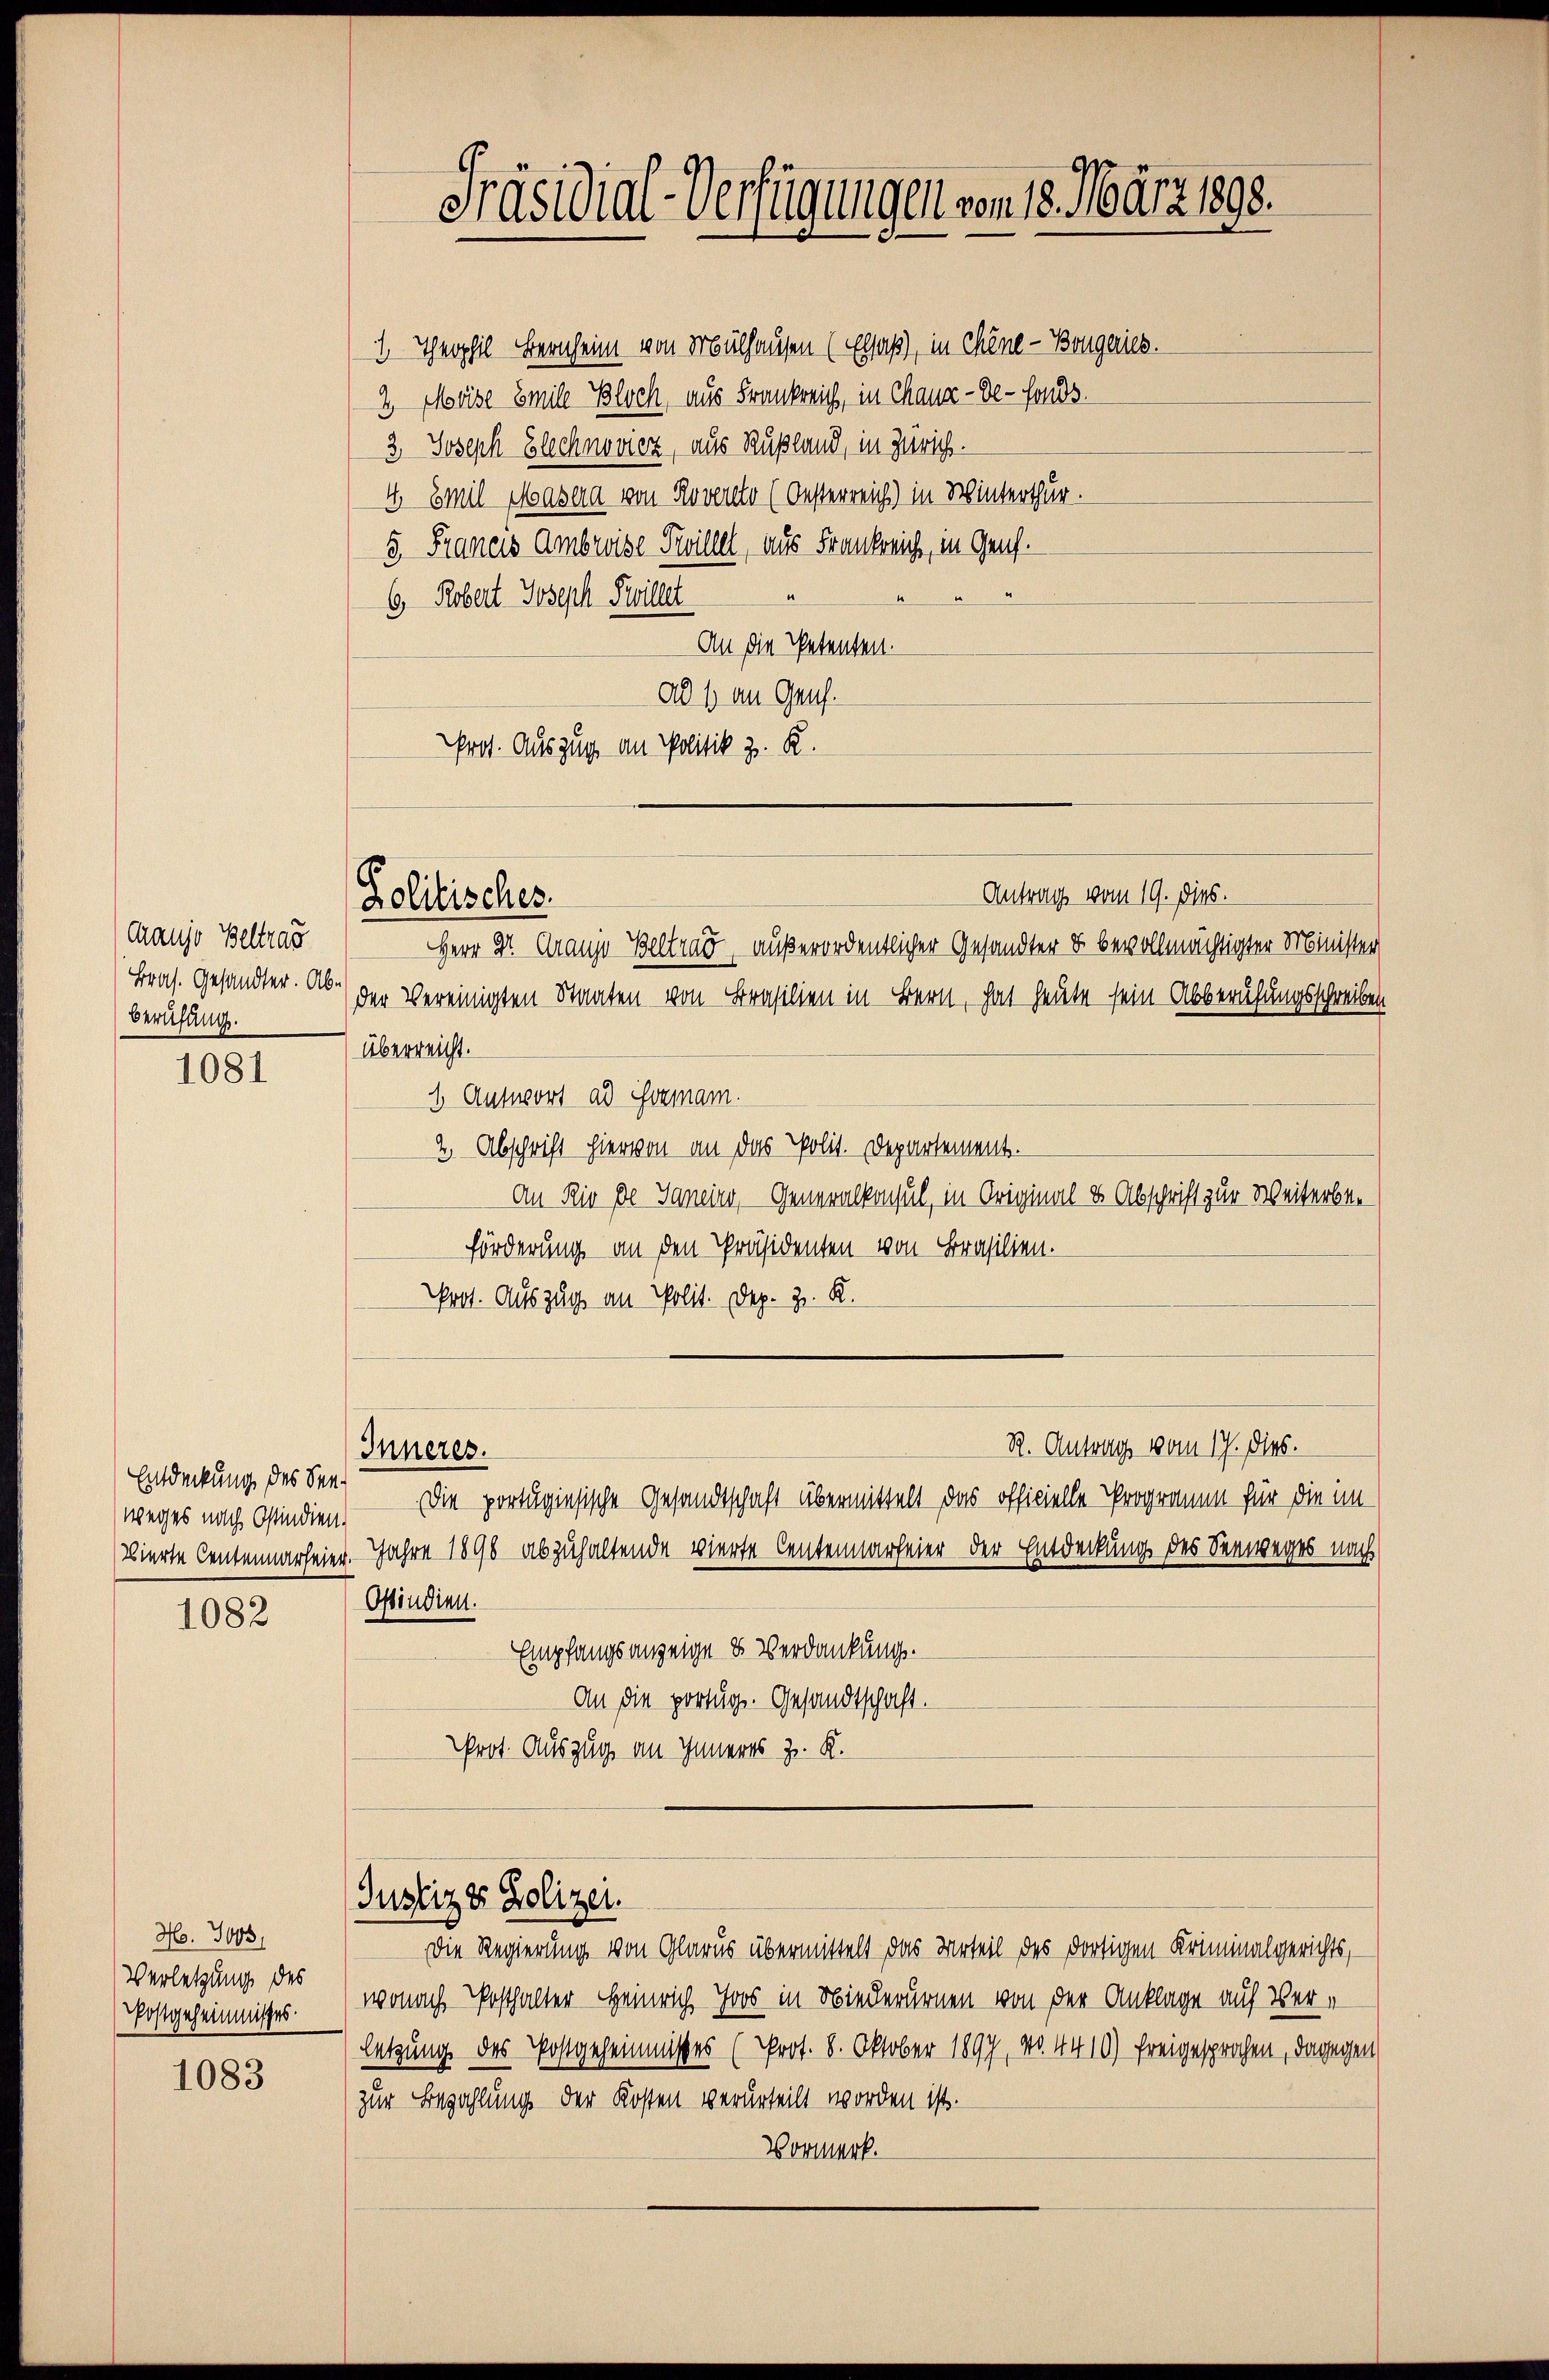
Craujo Beltrag
Bras. Gesandter. Ab¬
Berufung.

1081

Entdeckung des See¬
(weges nach Ostindien-

1082

Ho. 7000.
Verletzung des
Postgeheimisses.

1083

1. Theophil Bernheim von Mülhausen (Elsaß, in Chene - Bougeries.
2 Moise Emile Bloch, aus Frankreich, in Chaux-de-Fonds.
3 Joseph Blechnovier, aus Rußland, in Zürich.
4. Emil Wasera von Roversto (Oesterreich) in Winterthur.
5. Francis Ambrise Pillet, aus Frankreich, in Genf.
6 Robert Joseph Poilet
An die Petenten.
ad 1. an Genf.
Prot. Auszug an Politik z. R.

Politisches.

Präsidial-Verfügungen vom 18. März 1890.

Justiz & Polizei.

Antrag vom 19. Dies.
Herr Dr. Graujo Beltrag, außerordentlicher Gesandter & bevollmächtigter Minister
der Vereinigten Staaten von Brasilien in Bern, hat heute sein Abberufungsschreiben
überreicht.
1 Antwort ad Gormam.
2 Abschrift hiervon an das Polit. Departement.
An Rio de Janein, Generalkonsul, in Original & Abschrift zur Weiterbeförderung an den Präsidenten von Brasilien.
Post. Auszug an Polit. Dep. z. K.
R. Antrag vom 17. dies.
Inneres.
Die portugisische Gesandtschaft übermittelt das officielle Programm für die im
Bierte Centenmarfeier. Jahre 1890 abzuhaltende vierte Centenmarfeier der Entdeckung des Seeweges nach
Ostindien.
Empfangsanzeige & Verdankung.
An die portig. Gesandtschaft.
Prot. Auszug an Inneres z. K.

Die Regierung von Glarus übermittelt das Urteil des dortigen Kriminalgerichts,
wonach Posthalter Heinrich Joos in Niederurnen von der Anklage auf Verletzung des Postgeheimnisses (Prot. 8. Oktober 1897, No. 4410) freigesprochen, dagegen
zur Bezahlung der Kosten verurteilt worden ist.
Vormerk.